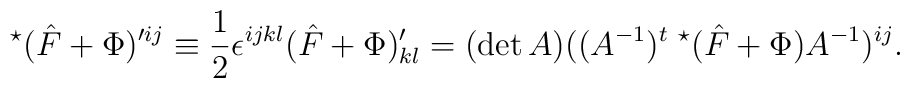
^{\star}({\hat{F}}+ \Phi)'^{ij}\equiv\frac{1}{2}\epsilon^{ijkl}({\hat{F}}+ \Phi)'_{kl}=(\det A)((A^{-1})^{t}\;^{\star}(\hat{F}+\Phi)A^{-1})^{ij}.